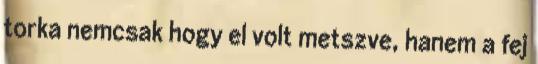
torka nemcsak hogy el volt metszve, hanem a fej